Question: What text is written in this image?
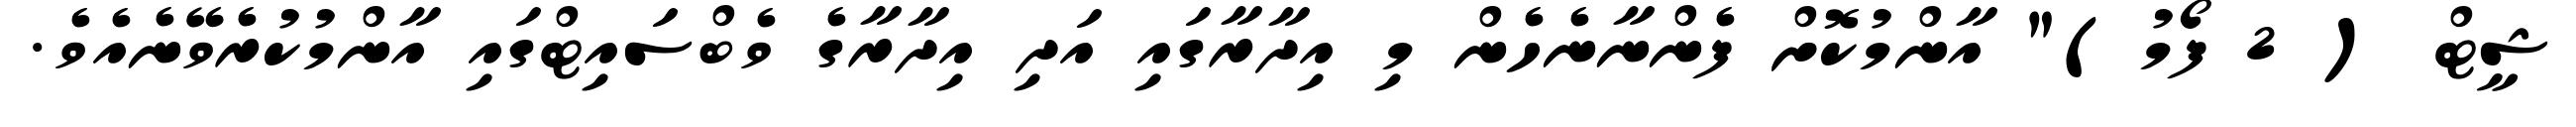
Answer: ޝީޓް ( 2 ފޯމު)" އާންމުކޮށް ފެންނާނެހެން މި އިދާރާގައި އަދި އިދާރާގެ ވެބްސައިޓްގައި އާންމުކުރެވޭނެއެވެ.